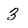
Character: 3